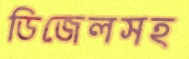
ডিজেলসহ